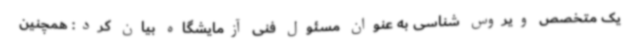
یک متخصص ویروس شناسی به عنوان مسئول فنی آزمایشگاه بیان کرد: همچنین